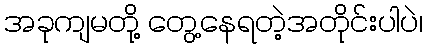
အခုကျမတို့ တွေ့နေရတဲ့အတိုင်းပါပဲ၊